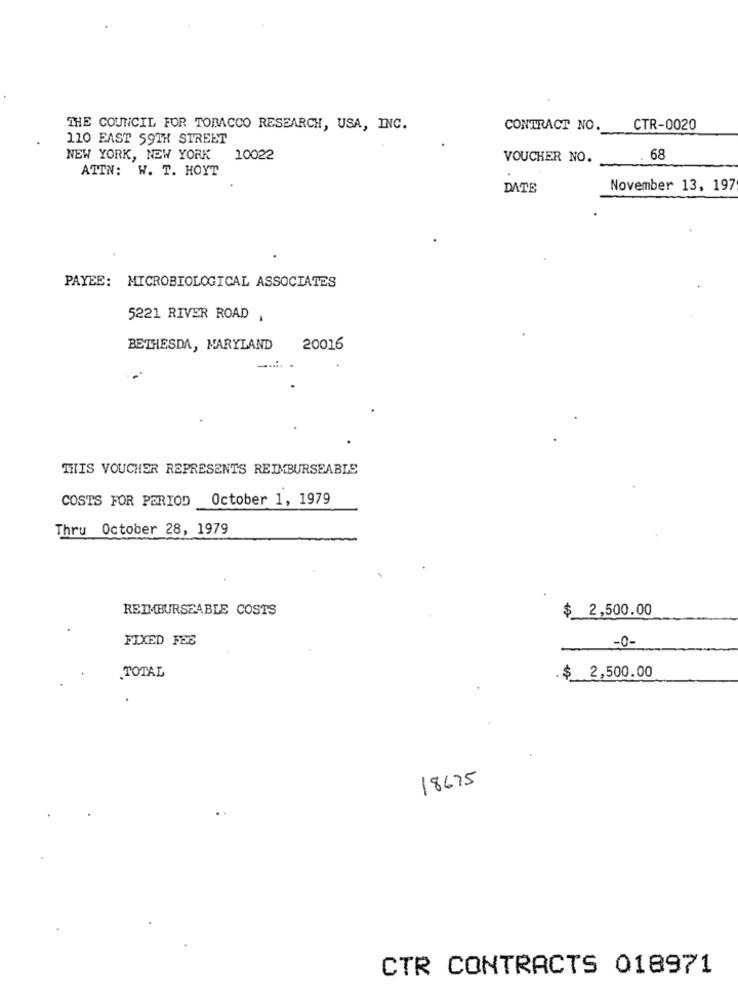
THE COUNCIL FOR TOBACCO RESEARCH, USA, INC.
CONTRACT NO.
CTR-0020
110 EAST 59TH STREET
NEW YORK, NEW YORK 10022
VOUCHER NO.
68
ATIN: W. T. HOYT
DATE
November 13, 197
PAYEE: MICROBIOLOGICAL ASSOCIATES
5221 RIVER ROAD ,
BETHESDA, MARYLAND
20016
THIS VOUCHER REPRESENTS REIMBURSEABLE
COSTS FOR PERIOD
October 1, 1979
Thru October 28, 1979
REIMBURSEABLE COSTS
$
2,500.00
FIXED FEE
-0-
TOTAL
$
2,500.00
18675
CTR CONTRACTS 018971